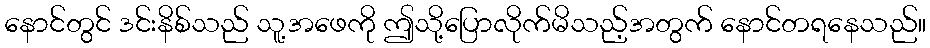
နောင်တွင် ဒင်းနိစ်သည် သူ့အဖေကို ဤသို့ပြောလိုက်မိသည့်အတွက် နောင်တရနေသည်။